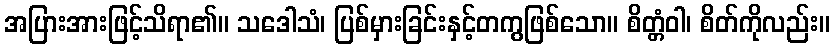
အပြားအားဖြင့်သိရာ၏။ သဒေါသံ၊ ပြစ်မှားခြင်းနှင့်တကွဖြစ်သော။ စိတ္တံဝါ၊ စိတ်ကိုလည်း။